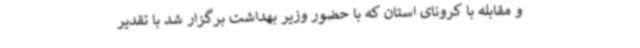
و مقابله با کرونای استان که با حضور وزیر بهداشت برگزار شد با تقدیر